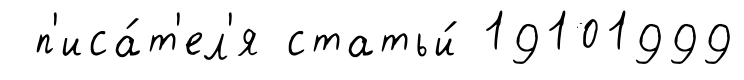
п'иса́т'ел'я статьи́ 19101999